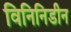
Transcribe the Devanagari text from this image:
विनिनिडीन